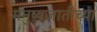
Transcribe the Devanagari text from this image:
मनुष्यजातीच्या